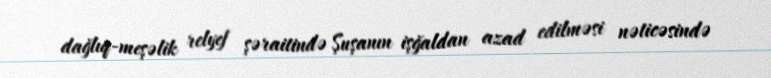
dağlıq-meşəlik relyef şəraitində Şuşanın işğaldan azad edilməsi nəticəsində